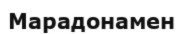
Марадонамен